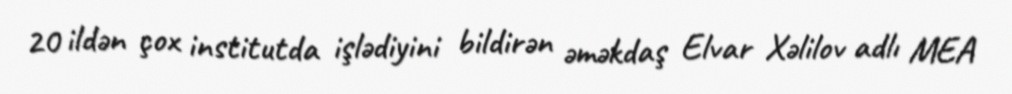
20 ildən çox institutda işlədiyini bildirən əməkdaş Elvar Xəlilov adlı MEA